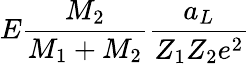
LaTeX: E\frac{M_{2}}{M_{1}+M_{2}}\frac{a_{L}}{Z_{1}Z_{2}e^{2}}